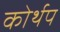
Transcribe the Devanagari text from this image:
कोर्थप